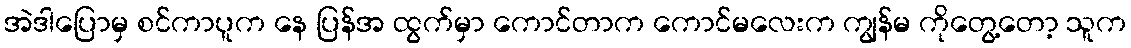
အဲဒါပြောမှ စင်ကာပူက နေ ပြန်အ ထွက်မှာ ကောင်တာက ကောင်မလေးက ကျွန်မ ကိုတွေ့တော့ သူက